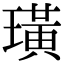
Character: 璜